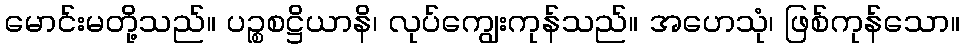
မောင်းမတို့သည်။ ပဉ္စစဋ္ဌိယာနိ၊ လုပ်ကျွေးကုန်သည်။ အဟေသုံ၊ ဖြစ်ကုန်သော။